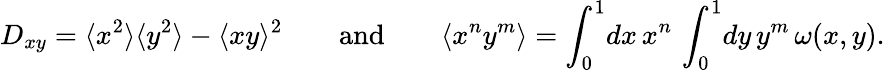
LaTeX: D_{xy}=\langle x^{2}\rangle\langle y^{2}\rangle-\langle xy\rangle^{2}\qquad\mathrm{and}\qquad\langle x^{n}y^{m}\rangle=\int_{0}^{1}\! dx\, x^{n}\, \int_{0}^{1}\! dy\, y^{m}\, \omega(x,y).